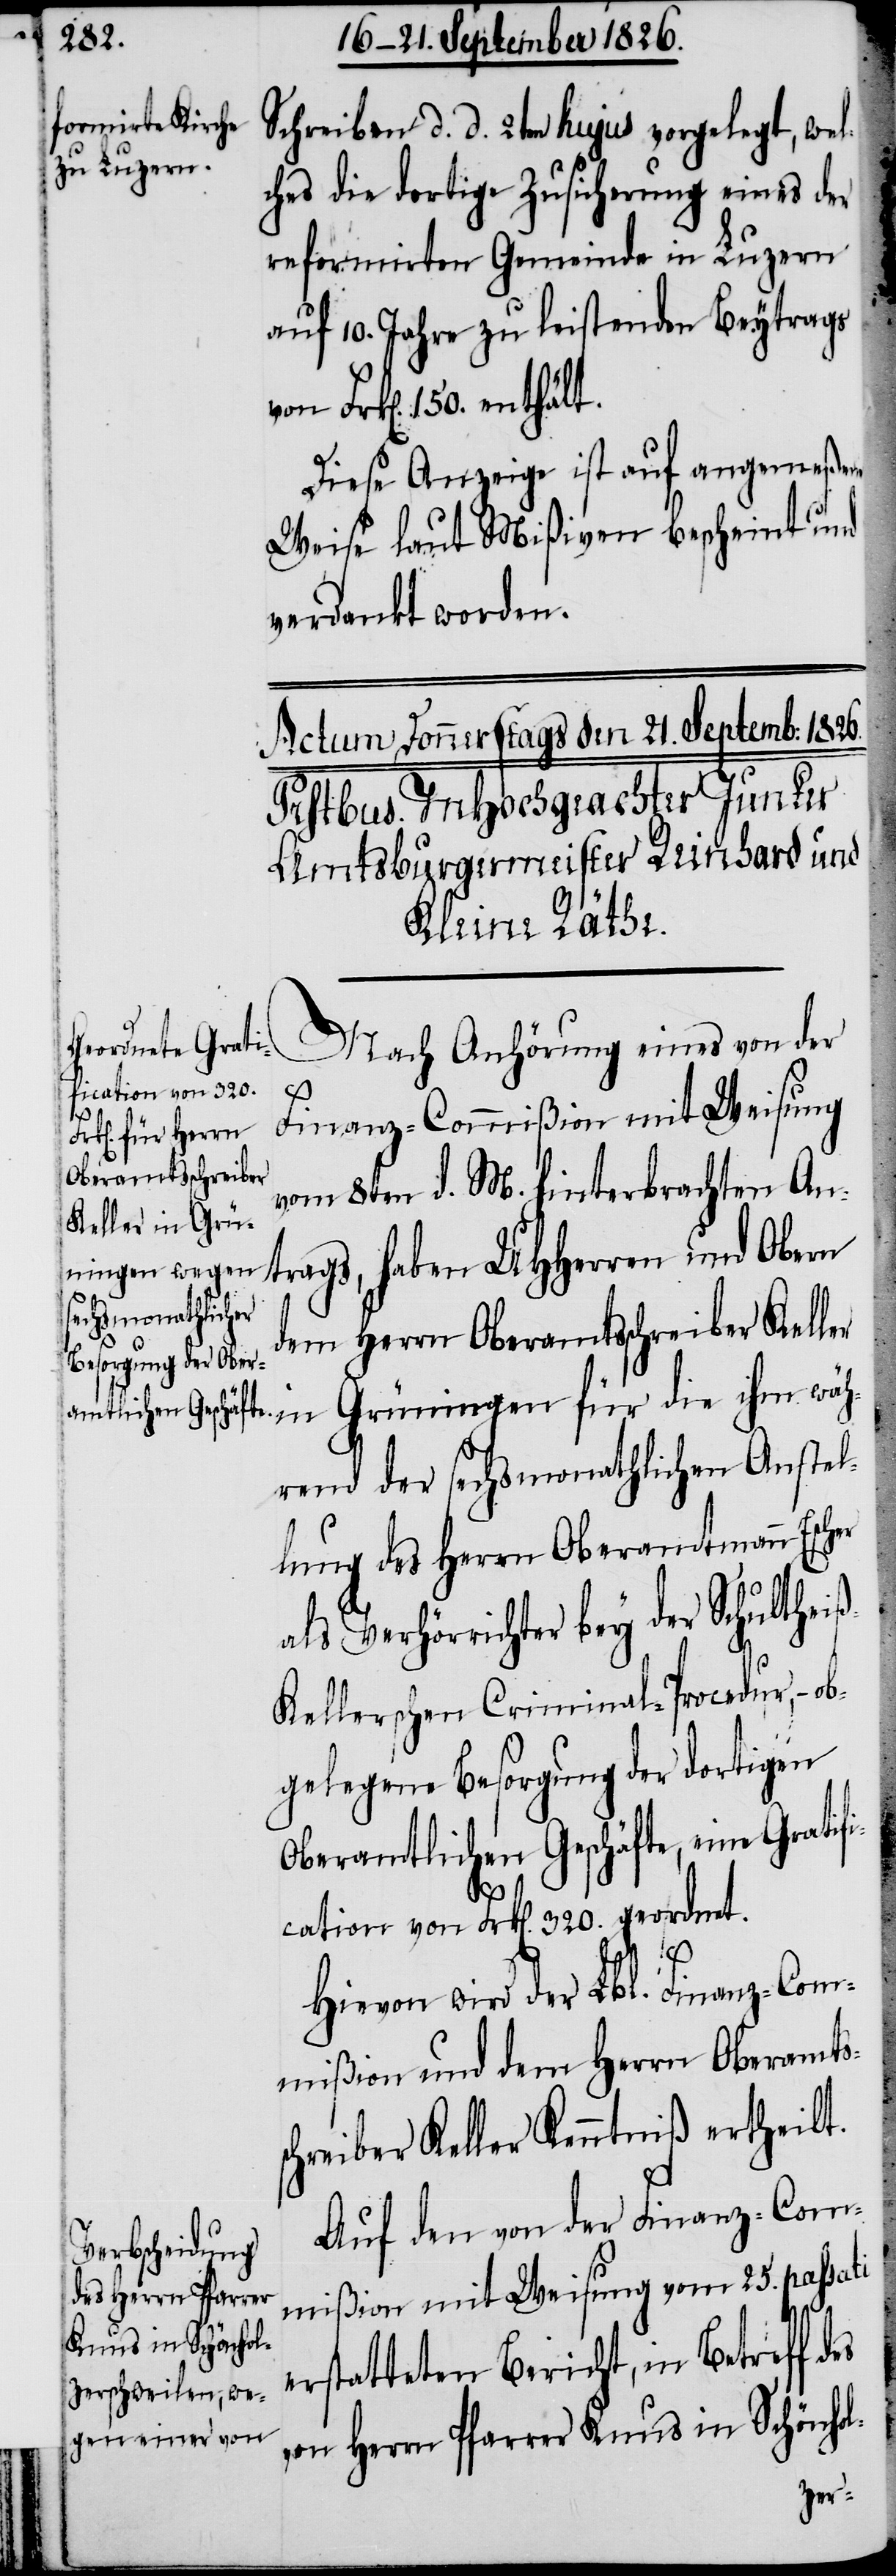
Schreiben d. d. 2ten hujus vorgelegt, wel¬
ches die dortige Zusicherung eines der
reformirten Gemeinde in Luzern
auf 10. Jahre zu leistenden Beytrags
Frk[en]. 150. enthält.
Diese Anzeige ist auf angemeßene
Weise laut Mißiven bescheint und
verdankt worden.
Nach Anhörung eines von der
es
Finanz-Commißion mit Weisung
vom 8ten d. M. hinterbrachten An¬
trags, haben MHHerren und Obern
dem Herrn Oberamtsschreiber Keller
in Grüningen für die ihm wäh¬
rend der sechsmonathlichen Anstel¬
lung des Herrn Oberamtmann Es¬
als Verhörrichter bey der Schultheiß
Kellerschen Criminal-Procedur, –
gelegene Besorgung der dortigen
Oberamtlichen Geschäfte, eine Gratif¬
ication von Frk[en]. 320. geordnet.
s¬
Hievon wird der Finanz-Com¬
mißion und dem Herrn Oberamts¬
chreiber Keller Kenntniß ertheilt.
Auf den von der Finanz-Com¬
mißion mit Weisung vom 25. passati
erstatteten Bericht, in Betreff d¬
von Herrn Pfarrer Knus in Schönhol-
cher